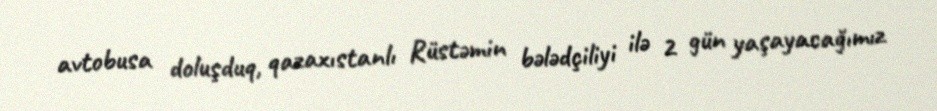
avtobusa doluşduq, qazaxıstanlı Rüstəmin bələdçiliyi ilə 2 gün yaşayacağımız